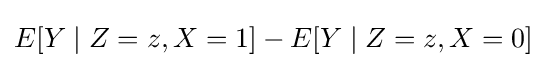
E[Y\mid Z=z,X=1]-E[Y\mid Z=z,X=0]